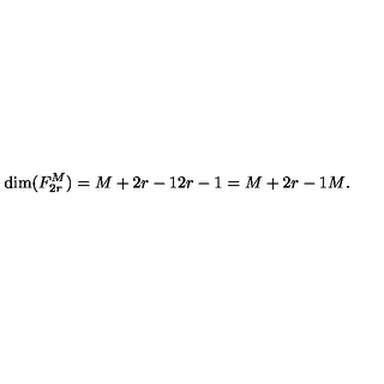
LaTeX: \mathrm { d i m } ( F _ { 2 r } ^ { M } ) = { \binom { M + 2 r - 1 } { 2 r - 1 } } = { \binom { M + 2 r - 1 } { M } } .